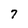
Character: 7